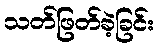
သတ်ဖြတ်ခဲ့ခြင်း